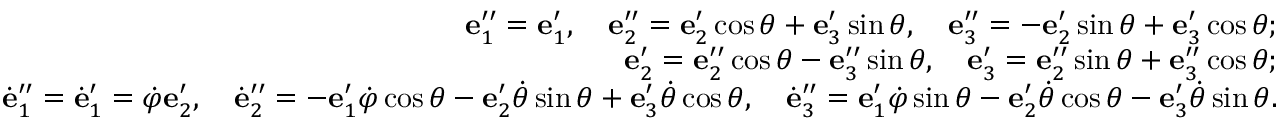
\begin{array} { r } { { \bf e } _ { 1 } ^ { \prime \prime } = { \bf e } _ { 1 } ^ { \prime } , \quad { \bf e } _ { 2 } ^ { \prime \prime } = { \bf e } _ { 2 } ^ { \prime } \cos \theta + { \bf e } _ { 3 } ^ { \prime } \sin \theta , \quad { \bf e } _ { 3 } ^ { \prime \prime } = - { \bf e } _ { 2 } ^ { \prime } \sin \theta + { \bf e } _ { 3 } ^ { \prime } \cos \theta ; } \\ { { \bf e } _ { 2 } ^ { \prime } = { \bf e } _ { 2 } ^ { \prime \prime } \cos \theta - { \bf e } _ { 3 } ^ { \prime \prime } \sin \theta , \quad { \bf e } _ { 3 } ^ { \prime } = { \bf e } _ { 2 } ^ { \prime \prime } \sin \theta + { \bf e } _ { 3 } ^ { \prime \prime } \cos \theta ; } \\ { \dot { \bf e } _ { 1 } ^ { \prime \prime } = \dot { \bf e } _ { 1 } ^ { \prime } = \dot { \varphi } { \bf e } _ { 2 } ^ { \prime } , \quad \dot { \bf e } _ { 2 } ^ { \prime \prime } = - { \bf e } _ { 1 } ^ { \prime } \dot { \varphi } \cos \theta - { \bf e } _ { 2 } ^ { \prime } \dot { \theta } \sin \theta + { \bf e } _ { 3 } ^ { \prime } \dot { \theta } \cos \theta , \quad \dot { \bf e } _ { 3 } ^ { \prime \prime } = { \bf e } _ { 1 } ^ { \prime } \dot { \varphi } \sin \theta - { \bf e } _ { 2 } ^ { \prime } \dot { \theta } \cos \theta - { \bf e } _ { 3 } ^ { \prime } \dot { \theta } \sin \theta . } \end{array}